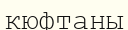
кюфтаны